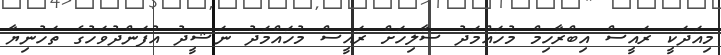
މިއަދަކީ ރައީސް އިބްރާހިމް މުހައްމަދު ސާލިހަށް ރައީސް މުހައްމަދު ނަޝީދު އުފަންދުވަހުގެ ތަހުނިޔާ